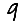
Digit: 9